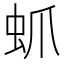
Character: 䖣